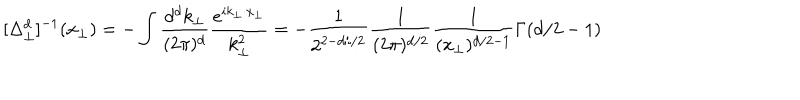
[ \Delta _ { \perp } ^ { d } ] ^ { - 1 } ( x _ { \perp } ) = - \int \frac { d ^ { d } k _ { \perp } } { ( 2 \pi ) ^ { d } } \frac { e ^ { i k _ { \perp } \cdot x _ { \perp } } } { k _ { \perp } ^ { 2 } } = - \frac { 1 } { 2 ^ { 2 - d / / 2 } } \frac { 1 } { ( 2 \pi ) ^ { d / 2 } } \frac { 1 } { ( x _ { \perp } ) ^ { d / 2 - 1 } } \Gamma ( d / 2 - 1 )